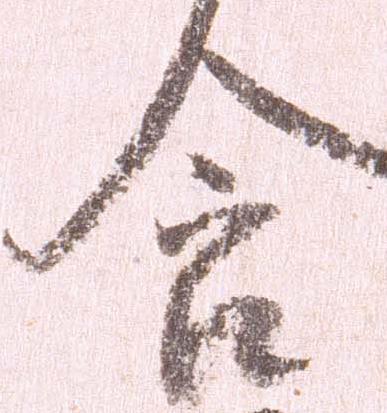
含